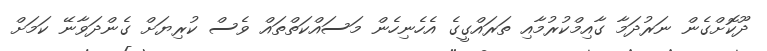
ދޫކޮށްގެން ނަރުދަމާ ގާއިމްކުރުމާއި ތަރައްގީގެ އެހެނިހެން މަސައްކަތްތައް ވެސް ކުރިޔަށް ގެންދަވާނޭ ކަމަށް